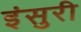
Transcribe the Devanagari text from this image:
इंसुरी